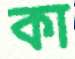
কা